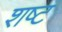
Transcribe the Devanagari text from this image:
शष्ट